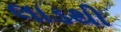
લાડથી